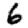
Digit: 6